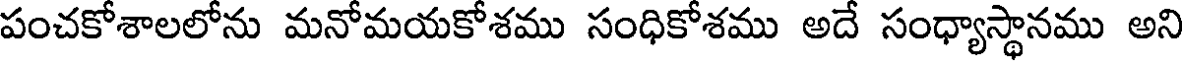
పంచకోశాలలోను మనోమయకోశము సంధికోశము అదే సంధ్యాస్థానము అని